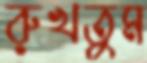
রুখতুম